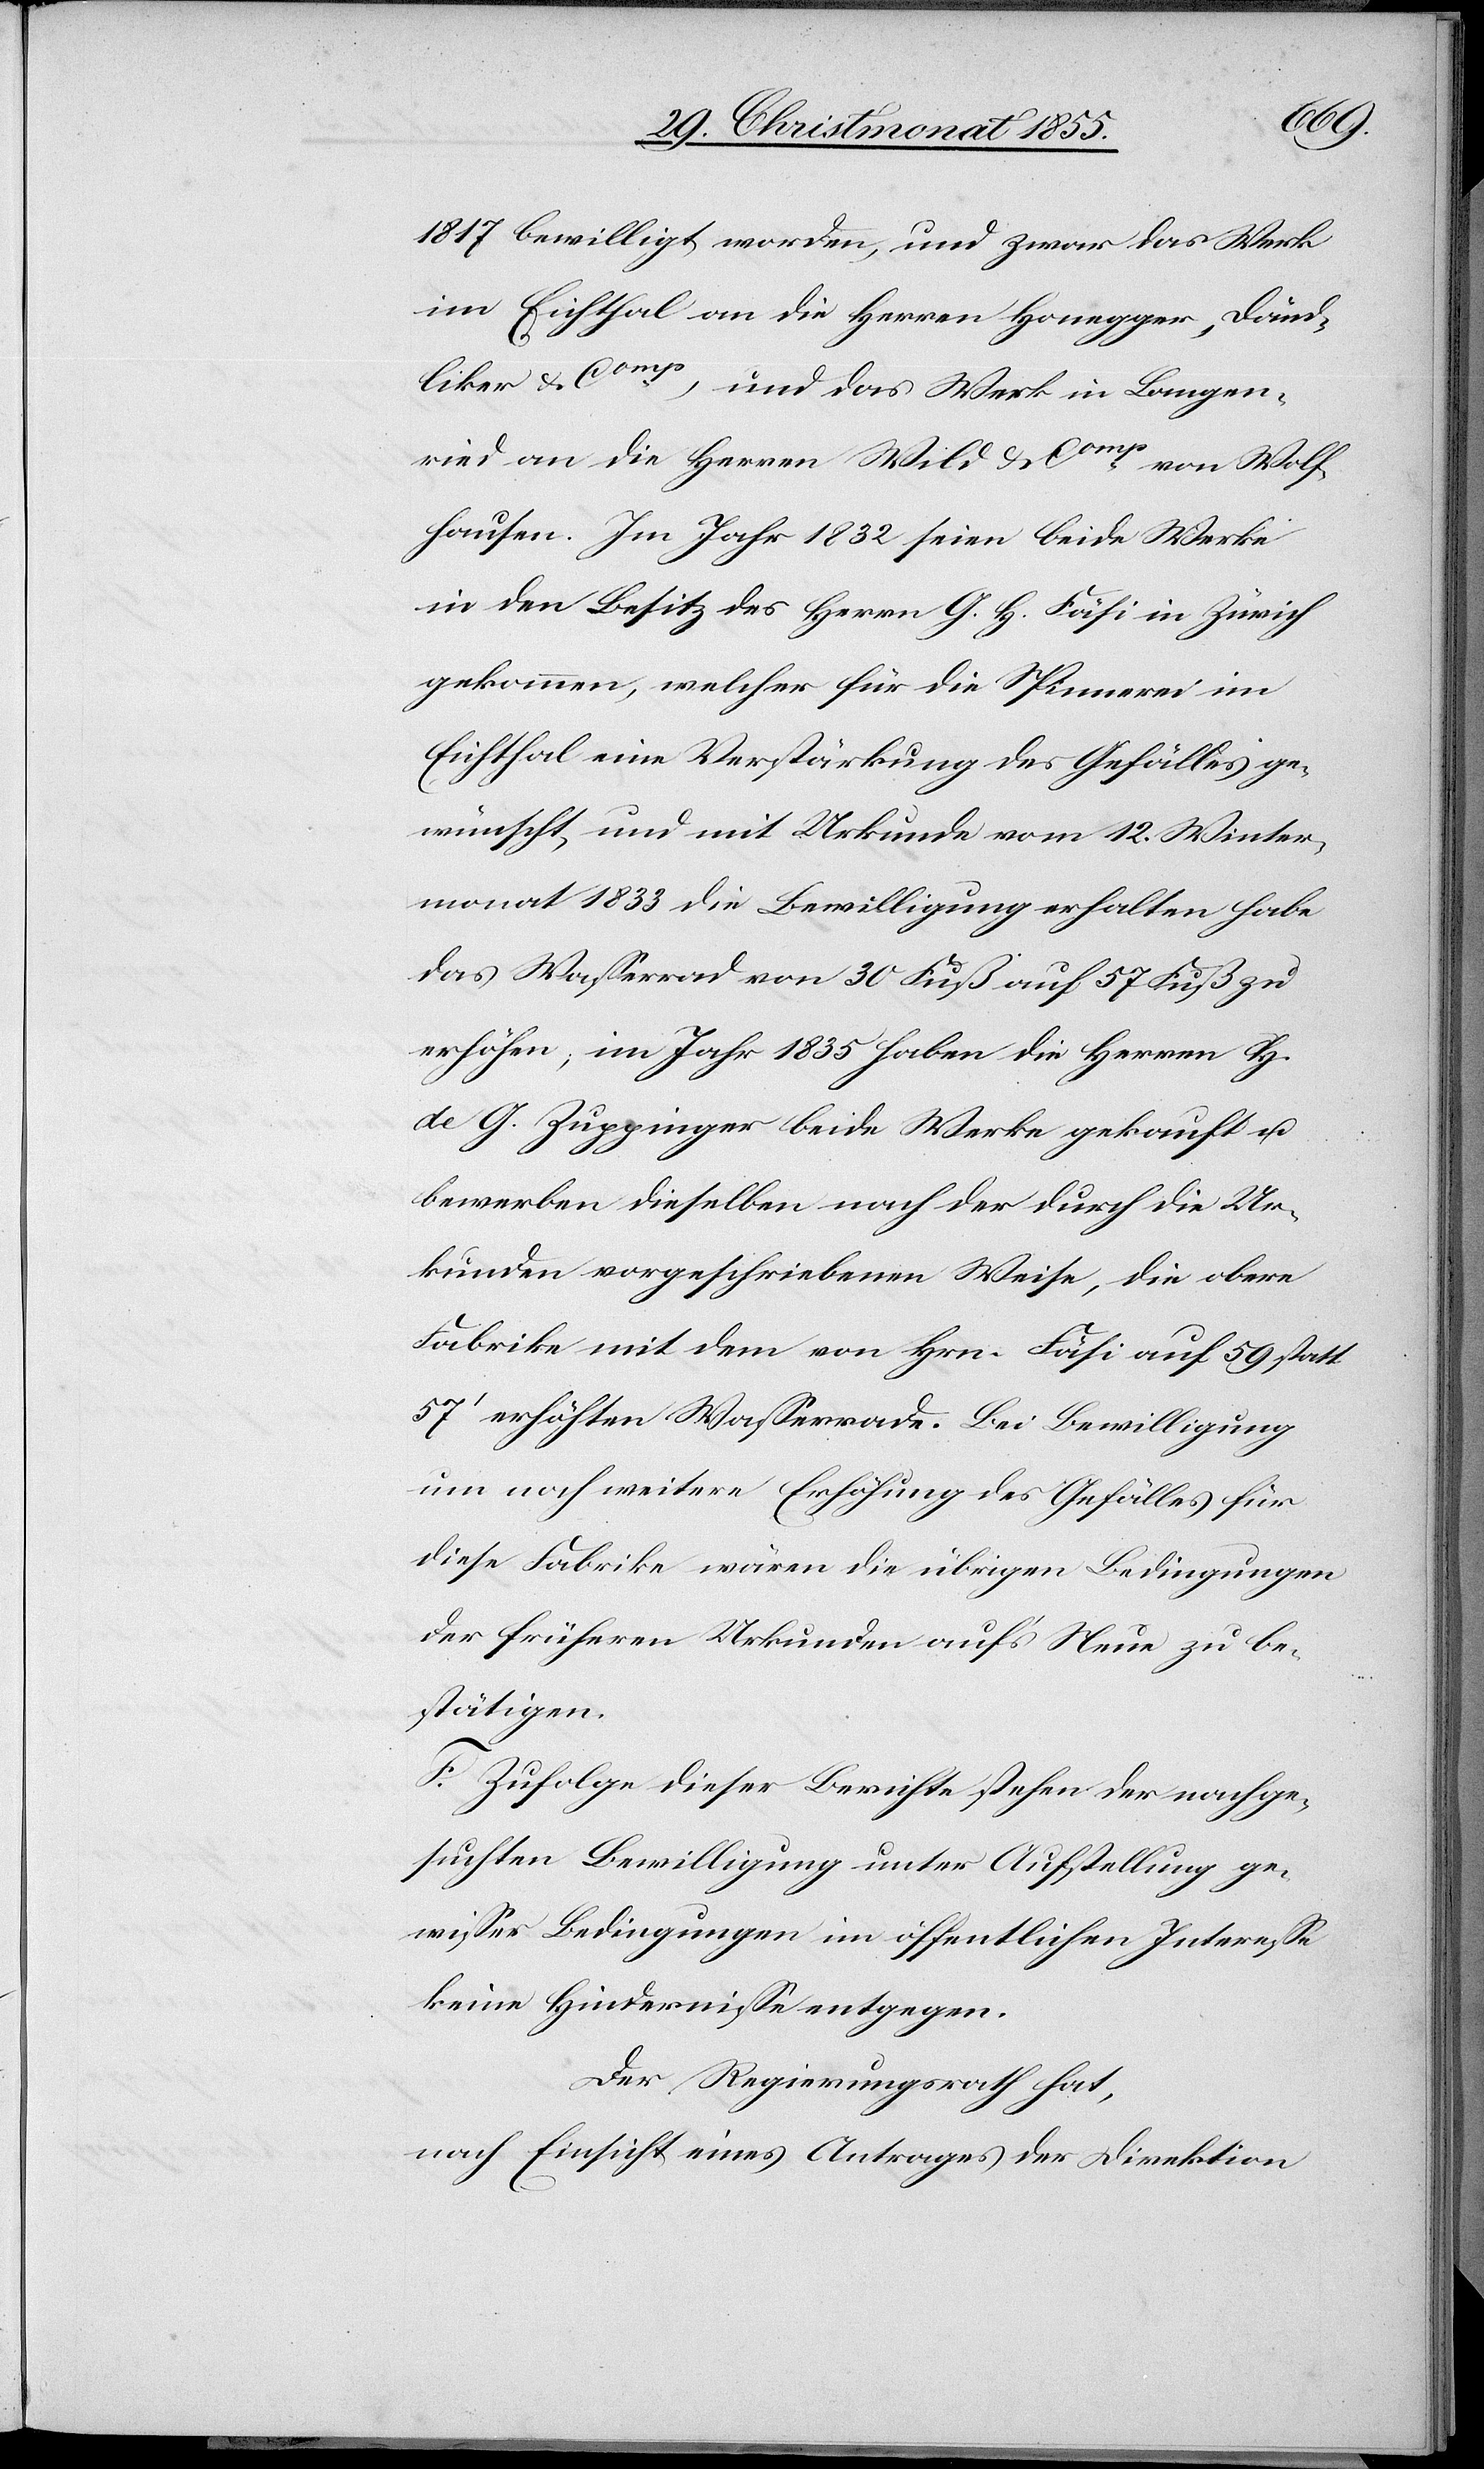
1817 bewilligt worden, und zwar das Werk
im Eichthal an die Herren Honegger, Dänd¬
liker & Comp, und das Werk in Langen¬
ried an die Herren Wild & Comp von Wolf¬
hausen. Im Jahr 1832 seien beide Werke
in den Besitz des Herrn G. H. Fäsi in Zürich
gekommen, welcher für die Spinnerei im
Eichthal eine Verstärkung des Gefälles ge¬
wünscht, und mit Urkunde vom 12. Winter¬
monat 1833 die Bewilligung erhalten habe
das Wasserrad von 30 Fuß auf 57 Fuß zu
erhöhen; im Jahr 1835 haben die Herren H.
de G. Zuppinger beide Werke gekauft u.
bewerben dieselben nach der durch die Ur¬
kunden vorgeschriebenen Weise, die obere
Fabrike mit dem von Hrn. Fäsi auf 59 statt
57‘ erhöhten Wasserrade. Bei Bewilligung
um noch weitere Erhöhung des Gefälles für
diese Fabrike wären die übrigen Bedingungen
der früheren Urkunden auf’s Neue zu be¬
stätigen.
F. Zufolge dieser Berichte stehen der nachge¬
suchten Bewilligung unter Aufstellung ge¬
wisser Bedingungen im öffentlichen Interesse
keine Hindernisse entgegen.
Der Regierungsrath hat,
nach Einsicht eines Antrages der Direktion